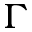
\Gamma